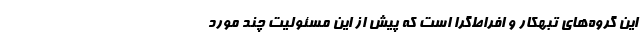
این گروه‌های تبهکار و افراط‌گرا است که پیش از این مسئولیت چند مورد